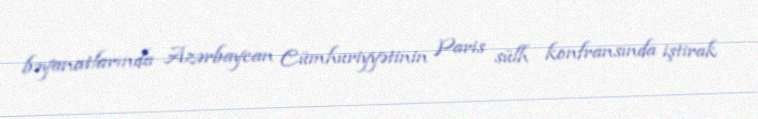
bəyanatlarında Azərbaycan Cümhuriyyətinin Paris sülh konfransında iştirak